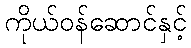
ကိုယ်ဝန်ဆောင်နှင့်